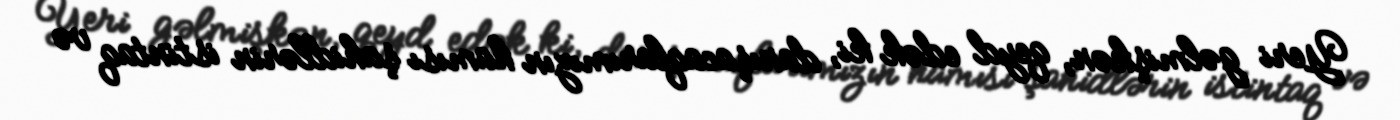
Yeri gəlmişkən, qeyd edək ki, danışacaqlarımızın hamısı şahidlərin istintaq və